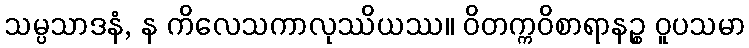
သမ္ပသာဒနံ, န ကိလေသကာလုဿိယဿ။ ဝိတက္ကဝိစာရာနဉ္စ ဝူပသမာ